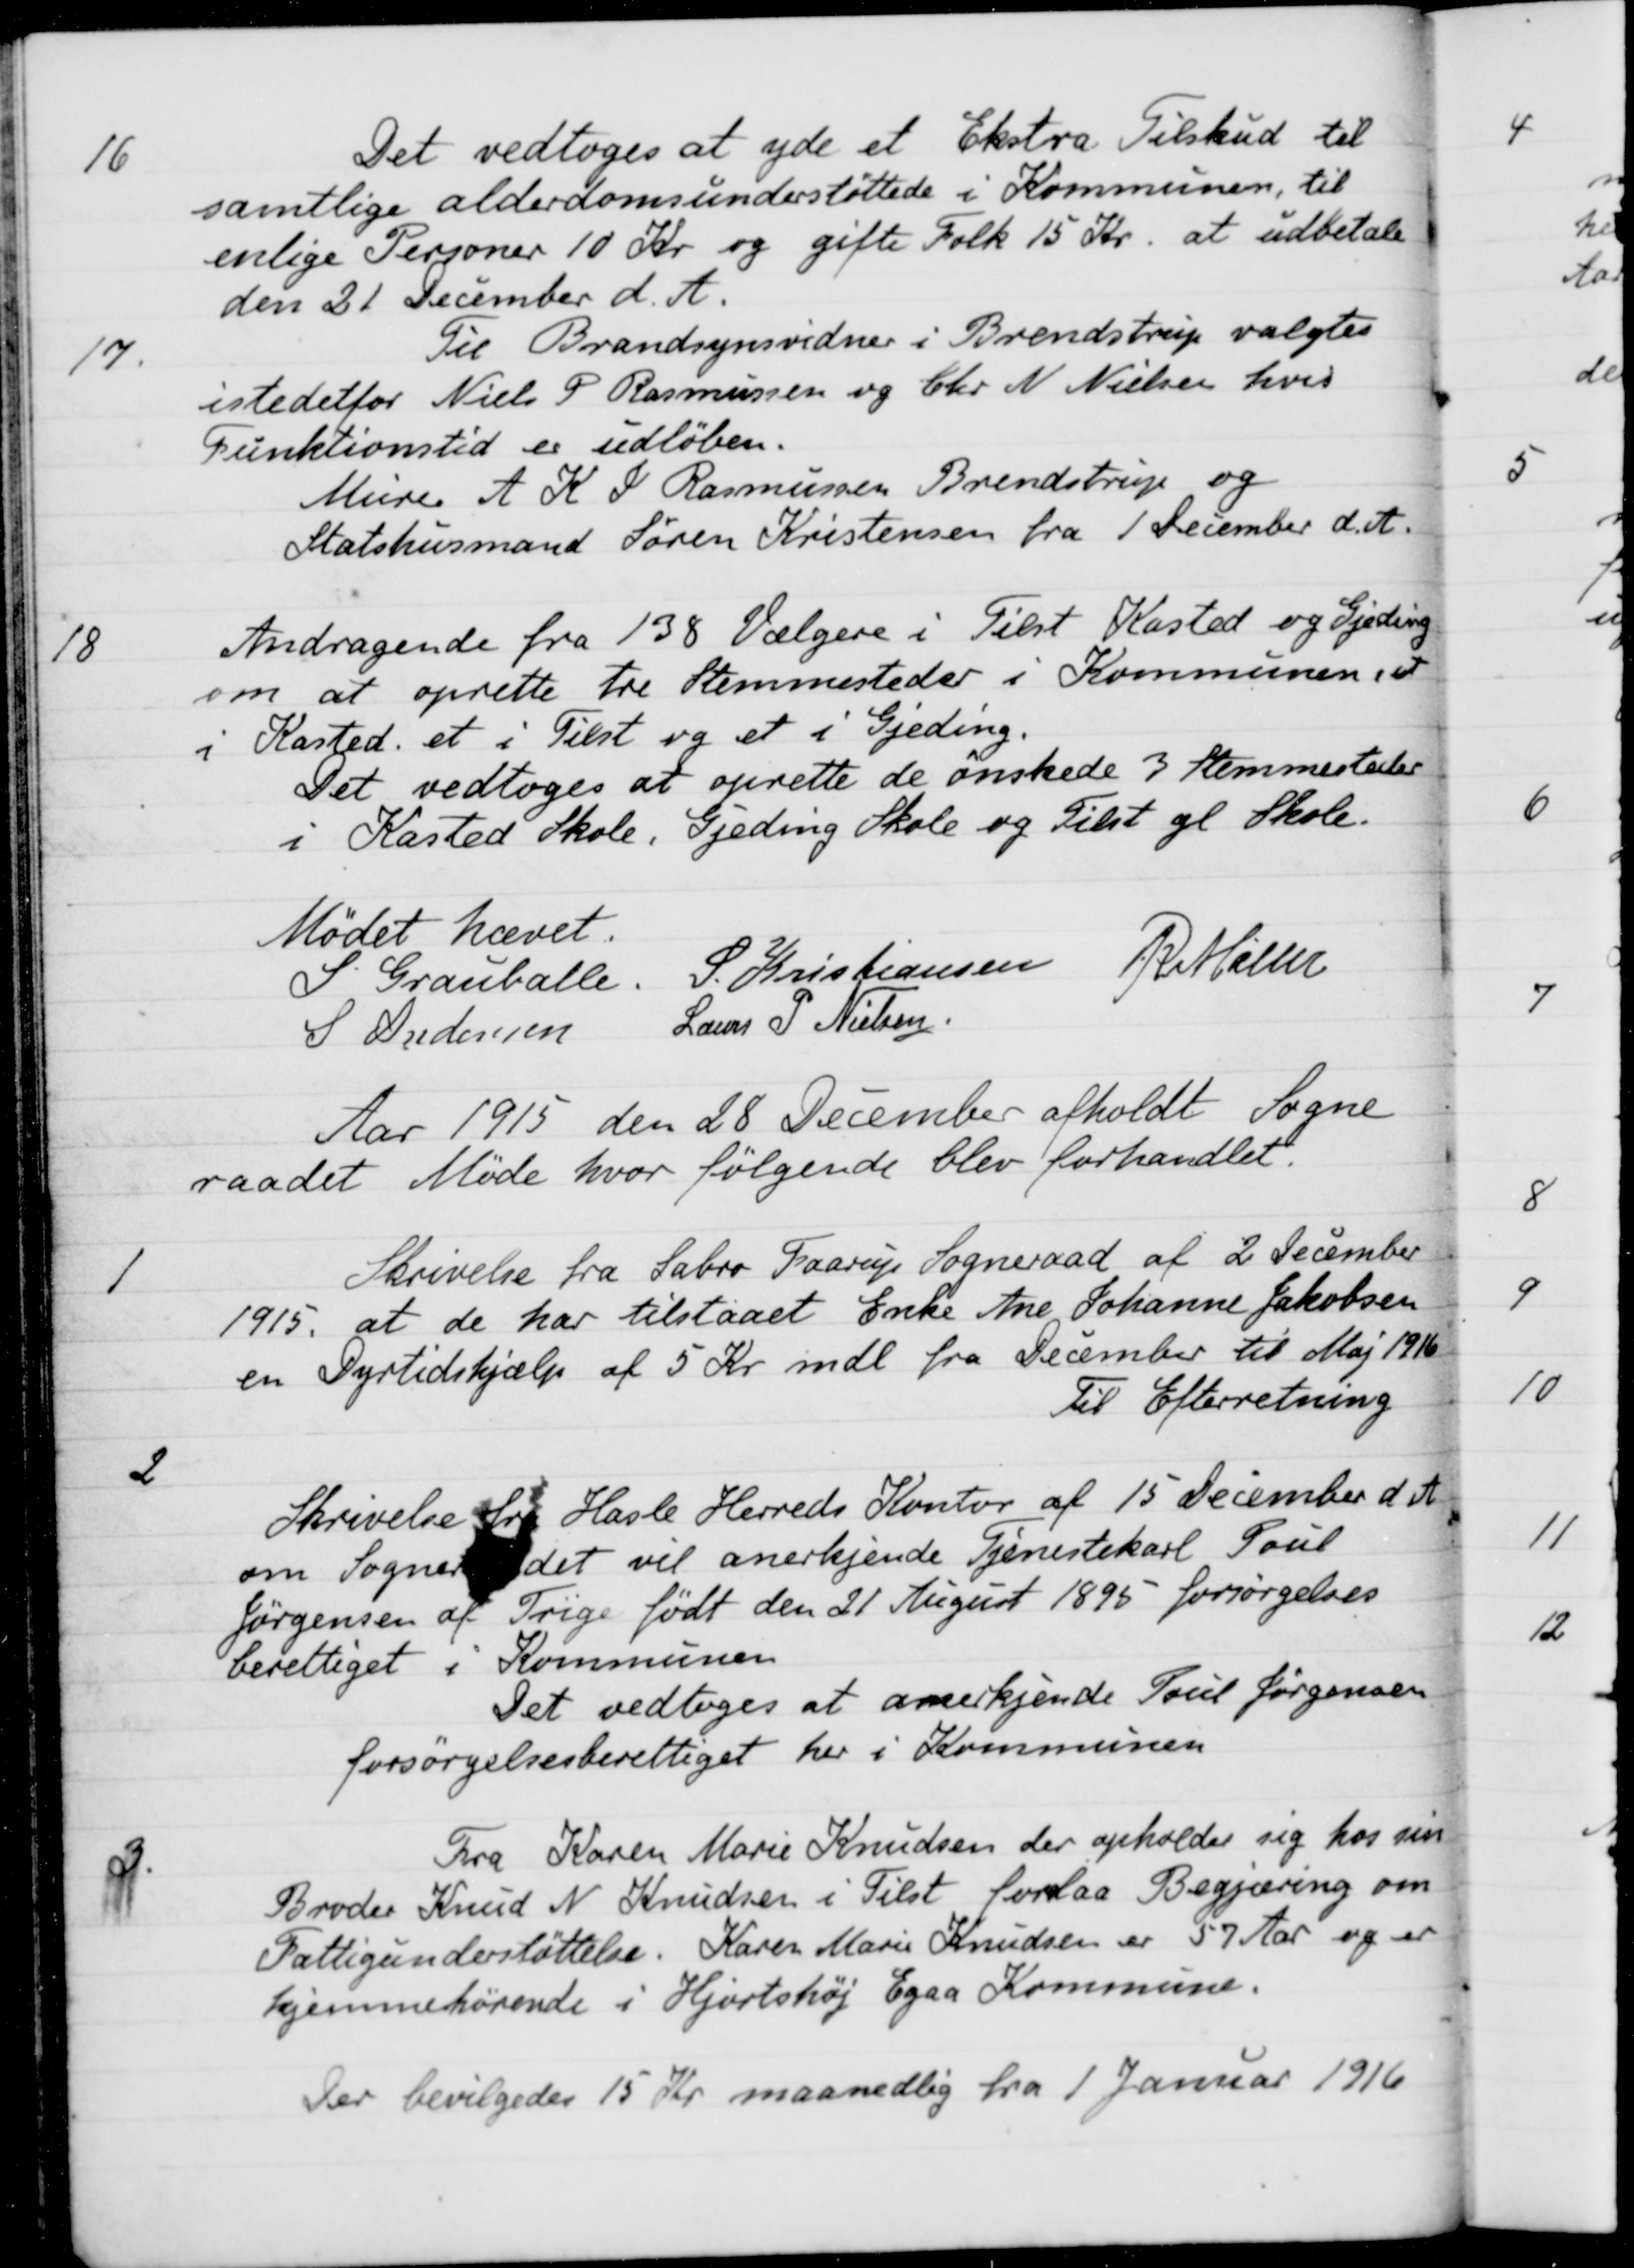
Transskription:
16
Det vedtoges at yde et Ekstra Tilskud til
samtlige alderdomsunderstøttede i Kommunen, til
enlige Personer 10 Kr. og gifte Folk 15 Kr. at udbetale
den 21 December d. A.
17.
Til Brandsynsvidner i Brendstrup valgtes
istedetfor Niels P. Rasmussen og Chr. N. Nielsen hvis
Funktionstid er udløben.
Murer A. K. I. Rasmussen Brendstrup og
Statshusmand Søren Kristensen fra 1 December d. A.
18
Andragende fra 138 Vælgere i Tilst Kasted og Gjeding
om at oprette tre Stemmesteder i Kommunen et
i Kasted et i Tilst og et i Gjeding.
Det vedtoges at oprette de ønskede 3 Stemmesteder
i Kasted Skole, Gjeding Skole og Tilst gl Skole.
Mødet hævet.
P. Grauballe. S. Kristiansen R. Møller
S Andersen Laurs P. Nielsen
Aar 1915 den 28 December afholdt Sogne
raadet Møde hvor følgende blev forhandlet.
1
Skrivelse fra Sabro Faarup Sogneraad af 2 December
1915, at de har tilstaaet Enke Ane Johanne Jakobsen
en Dyrtidshjælp af 5 Kr. mdl fra December til Maj 1916
Til Efterretning
2
Skrivelse fra Hasle Herreds Kontor af 15 December d. A.
om Sognerådet vil anerkjende Tjenestekarl Poul
Jörgensen af Trige födt den 21 August 1895 forsørgelses
berettiget i Kommunen
Det vedtoges at anerkjende Poul Jørgensen
forsørgelsesberettiget her i Kommunen
3.
Fra Karen Marie Knudsen der opholder sig hos sin
Broder Knud N. Knudsen i Tilst forelaa Begjæring om
Fattigunderstøttelse. Karen Marie Knudsen er 57 Aar og er
hjemmehørende i Hjortshøj Egaa Kommune.
Der bevilgedes 15 Kr maanedlig fra 1 Januar 1916